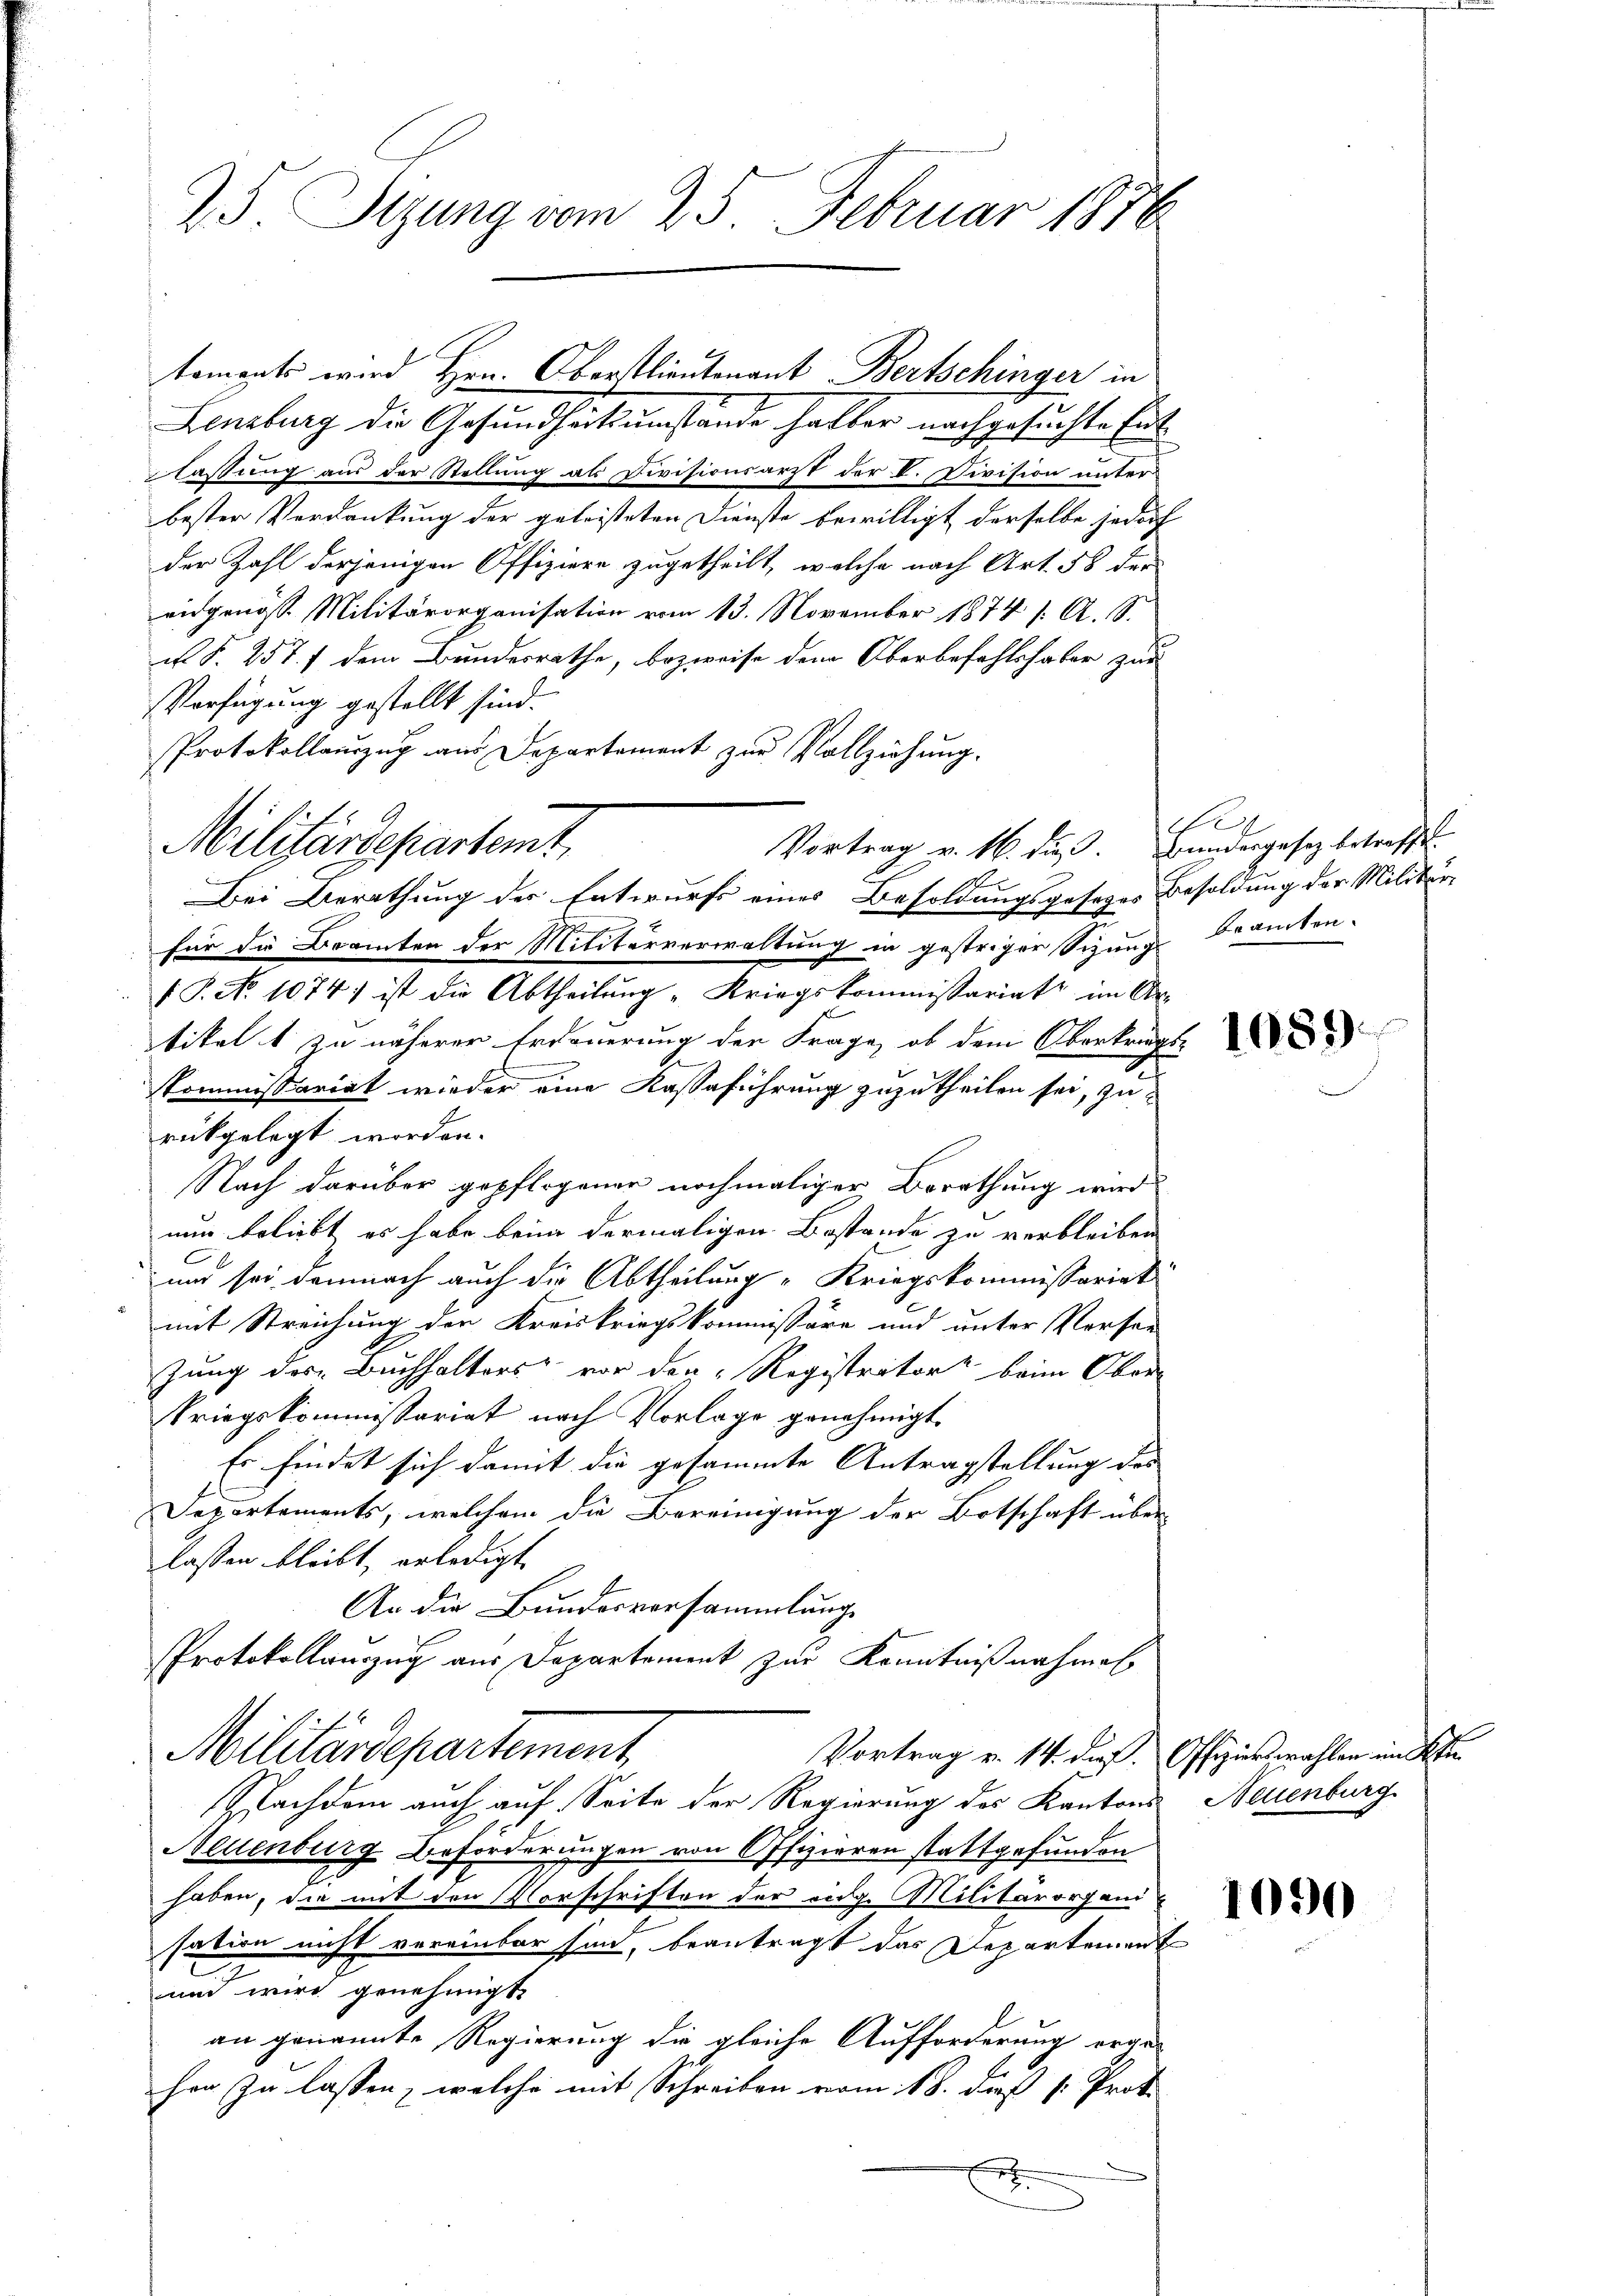
25. Sizung vom 25. Februar 1878

Lenzburg die Gesundheitsumstände halber nachgesuchte Entlassung aus der Stellung als Divisionsarzt der V. Division unter
bester Verdankung der geleisteten Dienste bewilligt derselbe jedoch
der Zahl derjenigen Offiziere zugetheilt, welche nach Art. 58 der
eidgenöss. Militärorganisation vom 13. November 1874 1. A. S.
u §. 257. f dem Bundesrathe, bezweife dem Oberbefehlshaber zur
Verfügung gestellt sind.
Protokollaŭszŭg aŭs Departement zŭr Vollziehŭng.
Bei Berathung der Entwurfs eines Besoldungsgeseges Besoldung der Militärfür die Beamten der Militärverwaltung in gestriger Sizung beamten.
/ P. No 1074 ist die Abtheilŭng "Kriegskommissariat im Ar-
tikel 1 zu näherer Erdauerung der Frage, ob dem Oberkrags-
E
Kommissariat wieder eine Kassaführung zuzutheilen sei, zurükgelegt worden.
Nach darüber gepflogener nochmaliger Berathung wird
nun beliebt es habe beim dermaligen Bestande zu verbleiben.
und sei demnach auch die Abtheilung "Kriegskommissariat
mit Streichung der Kreiskriegskommissäre und unter Versen-
zung des Buchhalters vor den Registrator beim Ober-
kriegskommissariat nach Vorlage genehmigt.
Es findet sich damit die gesammte Antragstellung des
Separtements, welchem die Bereinigung der Botschaft über
lassen bleibt, erledigt
An die Bundesversammlungs
PProtokollauszug aus Departement zur Kenntnißnahmen
Militärdepartement
Vortrag v. 14. dieß. Offizier wahlen im Kt.
Nachdem auch auf Seite der Regierung des Kantons Neuenburg
Neuenburg Beförderungen von Offizieren stattgefunden
haben, die mit den Vorschriften der eidg. Militärorgani
sation nicht vereinbar sind, beantragt das Departement
c
und wird genehmigt
an genannte Regierung die gleiche Aufforderung erge-
hen zu lassen, welche mit Schreiben vom 18. dieß (: Prot.
h

Militärdepartemt,
Vortrag v. 16. dieß. Bundergesetz betreffe.

toments wird Hrn. Oberstlieutenant Bertschinger in

e

1089)

1090